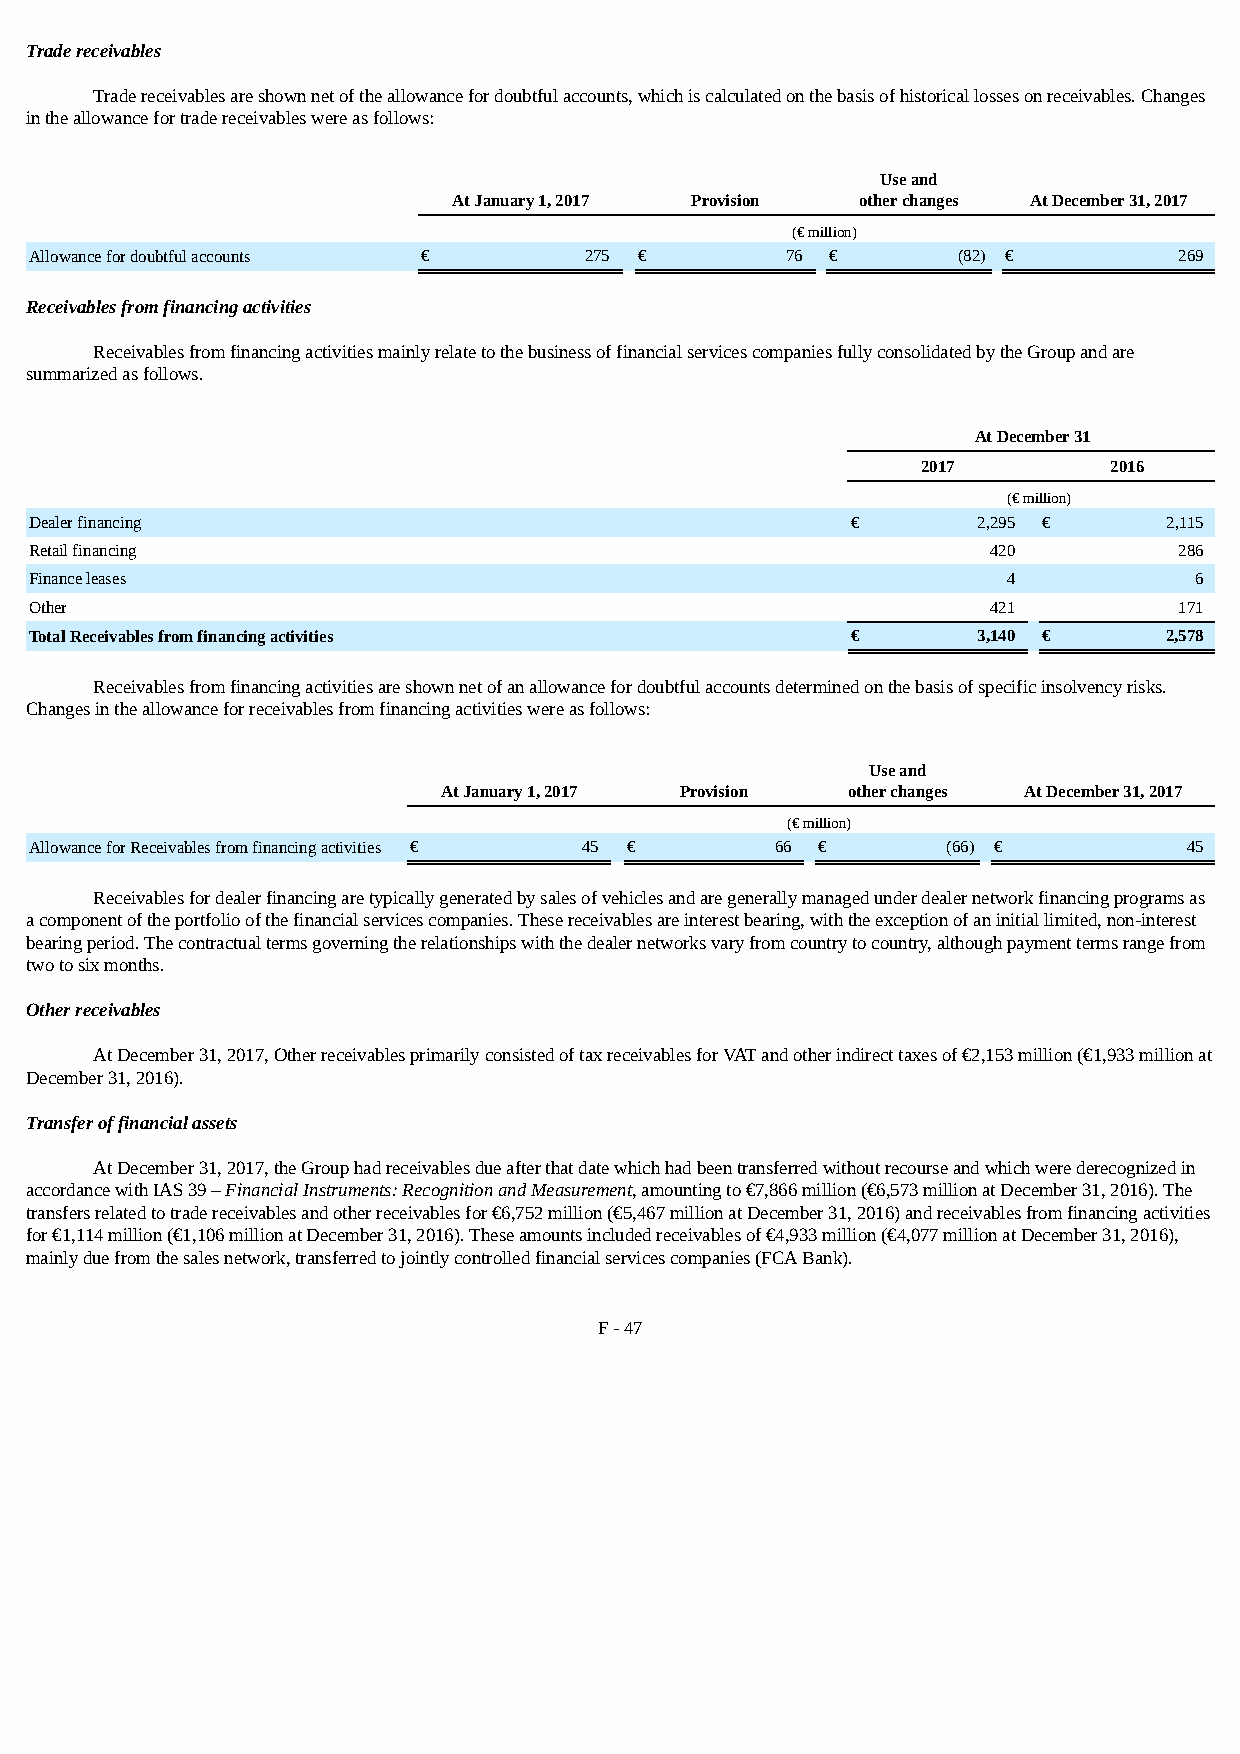
Trade receivables
 Trade receivables are shown net of the allowance for doubtful accounts, which is calculated on the basis of historical losses on receivables. Changes
 in the allowance for trade receivables were as follows:
 Use and
 At January 1, 2017 Provision other changes At December 31, 2017
 (€ million)
 Allowance for doubtful accounts €    275 €        76 €       (82) €         269
 Receivables from financing activities
 Receivables from financing activities mainly relate to the business of financial services companies fully consolidated by the Group and are
 summarized as follows.
 At December 31
 2017        2016
 (€ million)
 Dealer financing                                      €        2,295 €     2,115
 Retail financing                                                420         286
 Finance leases                                                   4           6
 Other                                                           421         171
 Total Receivables from financing activities           €        3,140 €     2,578
 Receivables from financing activities are shown net of an allowance for doubtful accounts determined on the basis of specific insolvency risks.
 Changes in the allowance for receivables from financing activities were as follows:
 Use and
 At January 1, 2017 Provision other changes At December 31, 2017
 (€ million)
 Allowance for Receivables from financing activities € 45 € 66 € (66) €       45
 Receivables for dealer financing are typically generated by sales of vehicles and are generally managed under dealer network financing programs as
 a component of the portfolio of the financial services companies. These receivables are interest bearing, with the exception of an initial limited, non-interest
 bearing period. The contractual terms governing the relationships with the dealer networks vary from country to country, although payment terms range from
 two to six months.
 Other receivables
 At December 31, 2017, Other receivables primarily consisted of tax receivables for VAT and other indirect taxes of €2,153 million (€1,933 million at
 December 31, 2016).
 Transfer of financial assets
 At December 31, 2017, the Group had receivables due after that date which had been transferred without recourse and which were derecognized in
 accordance with IAS 39 – Financial Instruments: Recognition and Measurement, amounting to €7,866 million (€6,573 million at December 31, 2016). The
 transfers related to trade receivables and other receivables for €6,752 million (€5,467 million at December 31, 2016) and receivables from financing activities
 for €1,114 million (€1,106 million at December 31, 2016). These amounts included receivables of €4,933 million (€4,077 million at December 31, 2016),
 mainly due from the sales network, transferred to jointly controlled financial services companies (FCA Bank).
 F - 47